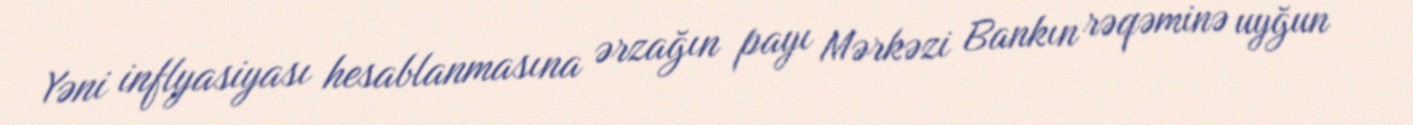
Yəni inflyasiyası hesablanmasına ərzağın payı Mərkəzi Bankın rəqəminə uyğun